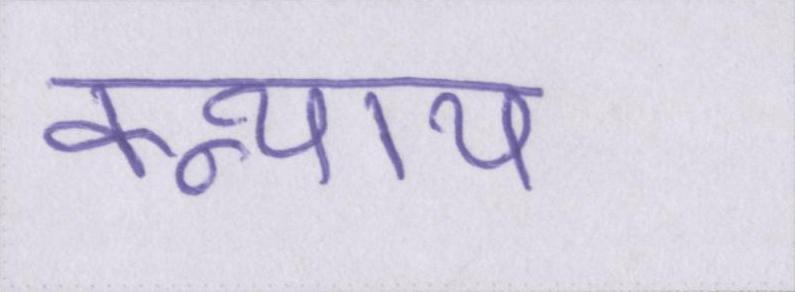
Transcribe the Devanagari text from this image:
कन्याय